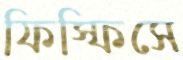
ফিস্‌ফিসে